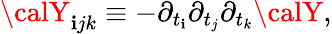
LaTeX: {\calY}_{\mathbf{i}jk}\equiv-\partial_{t_{\mathbf{i}}}\partial_{t_{j}}\partial_{t_{k}}{\calY},